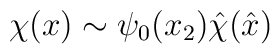
\chi (x) \sim \psi_0(x_2) {\hat \chi} ({\hat x})